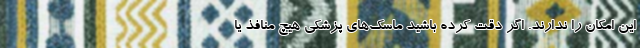
این امکان را ندارند. اگر دقت کرده باشید ماسک‌های پزشکی هیچ منافذ یا